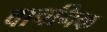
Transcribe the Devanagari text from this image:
वाचनिक